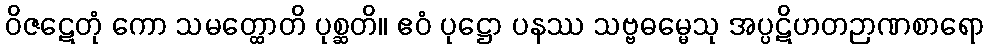
ဝိဇဋေတုံ ကော သမတ္ထောတိ ပုစ္ဆတိ။ ဧဝံ ပုဋ္ဌော ပနဿ သဗ္ဗဓမ္မေသု အပ္ပဋိဟတဉာဏစာရော